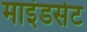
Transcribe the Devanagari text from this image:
माइंडसेट